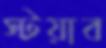
স্টয়াব